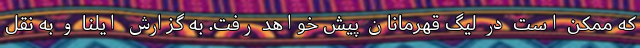
که ممکن است در لیگ قهرمانان پیش خواهد رفت. به گزارش ایلنا و به نقل